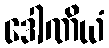
ဒေါဏိယံ